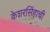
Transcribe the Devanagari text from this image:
केशरसिंहाची